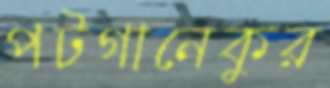
পটগানেকুর